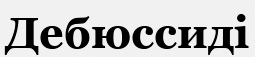
Дебюссиді